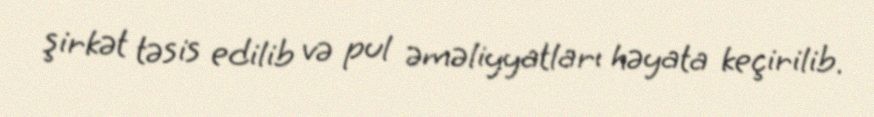
şirkət təsis edilib və pul əməliyyatları həyata keçirilib.